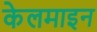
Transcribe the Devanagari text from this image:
केलमाइन